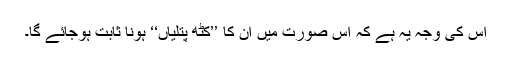
اس کی وجہ یہ ہے کہ اس صورت میں اُن کا ’’کٹھ پتلیاں‘‘ ہونا ثابت ہوجائے گا۔